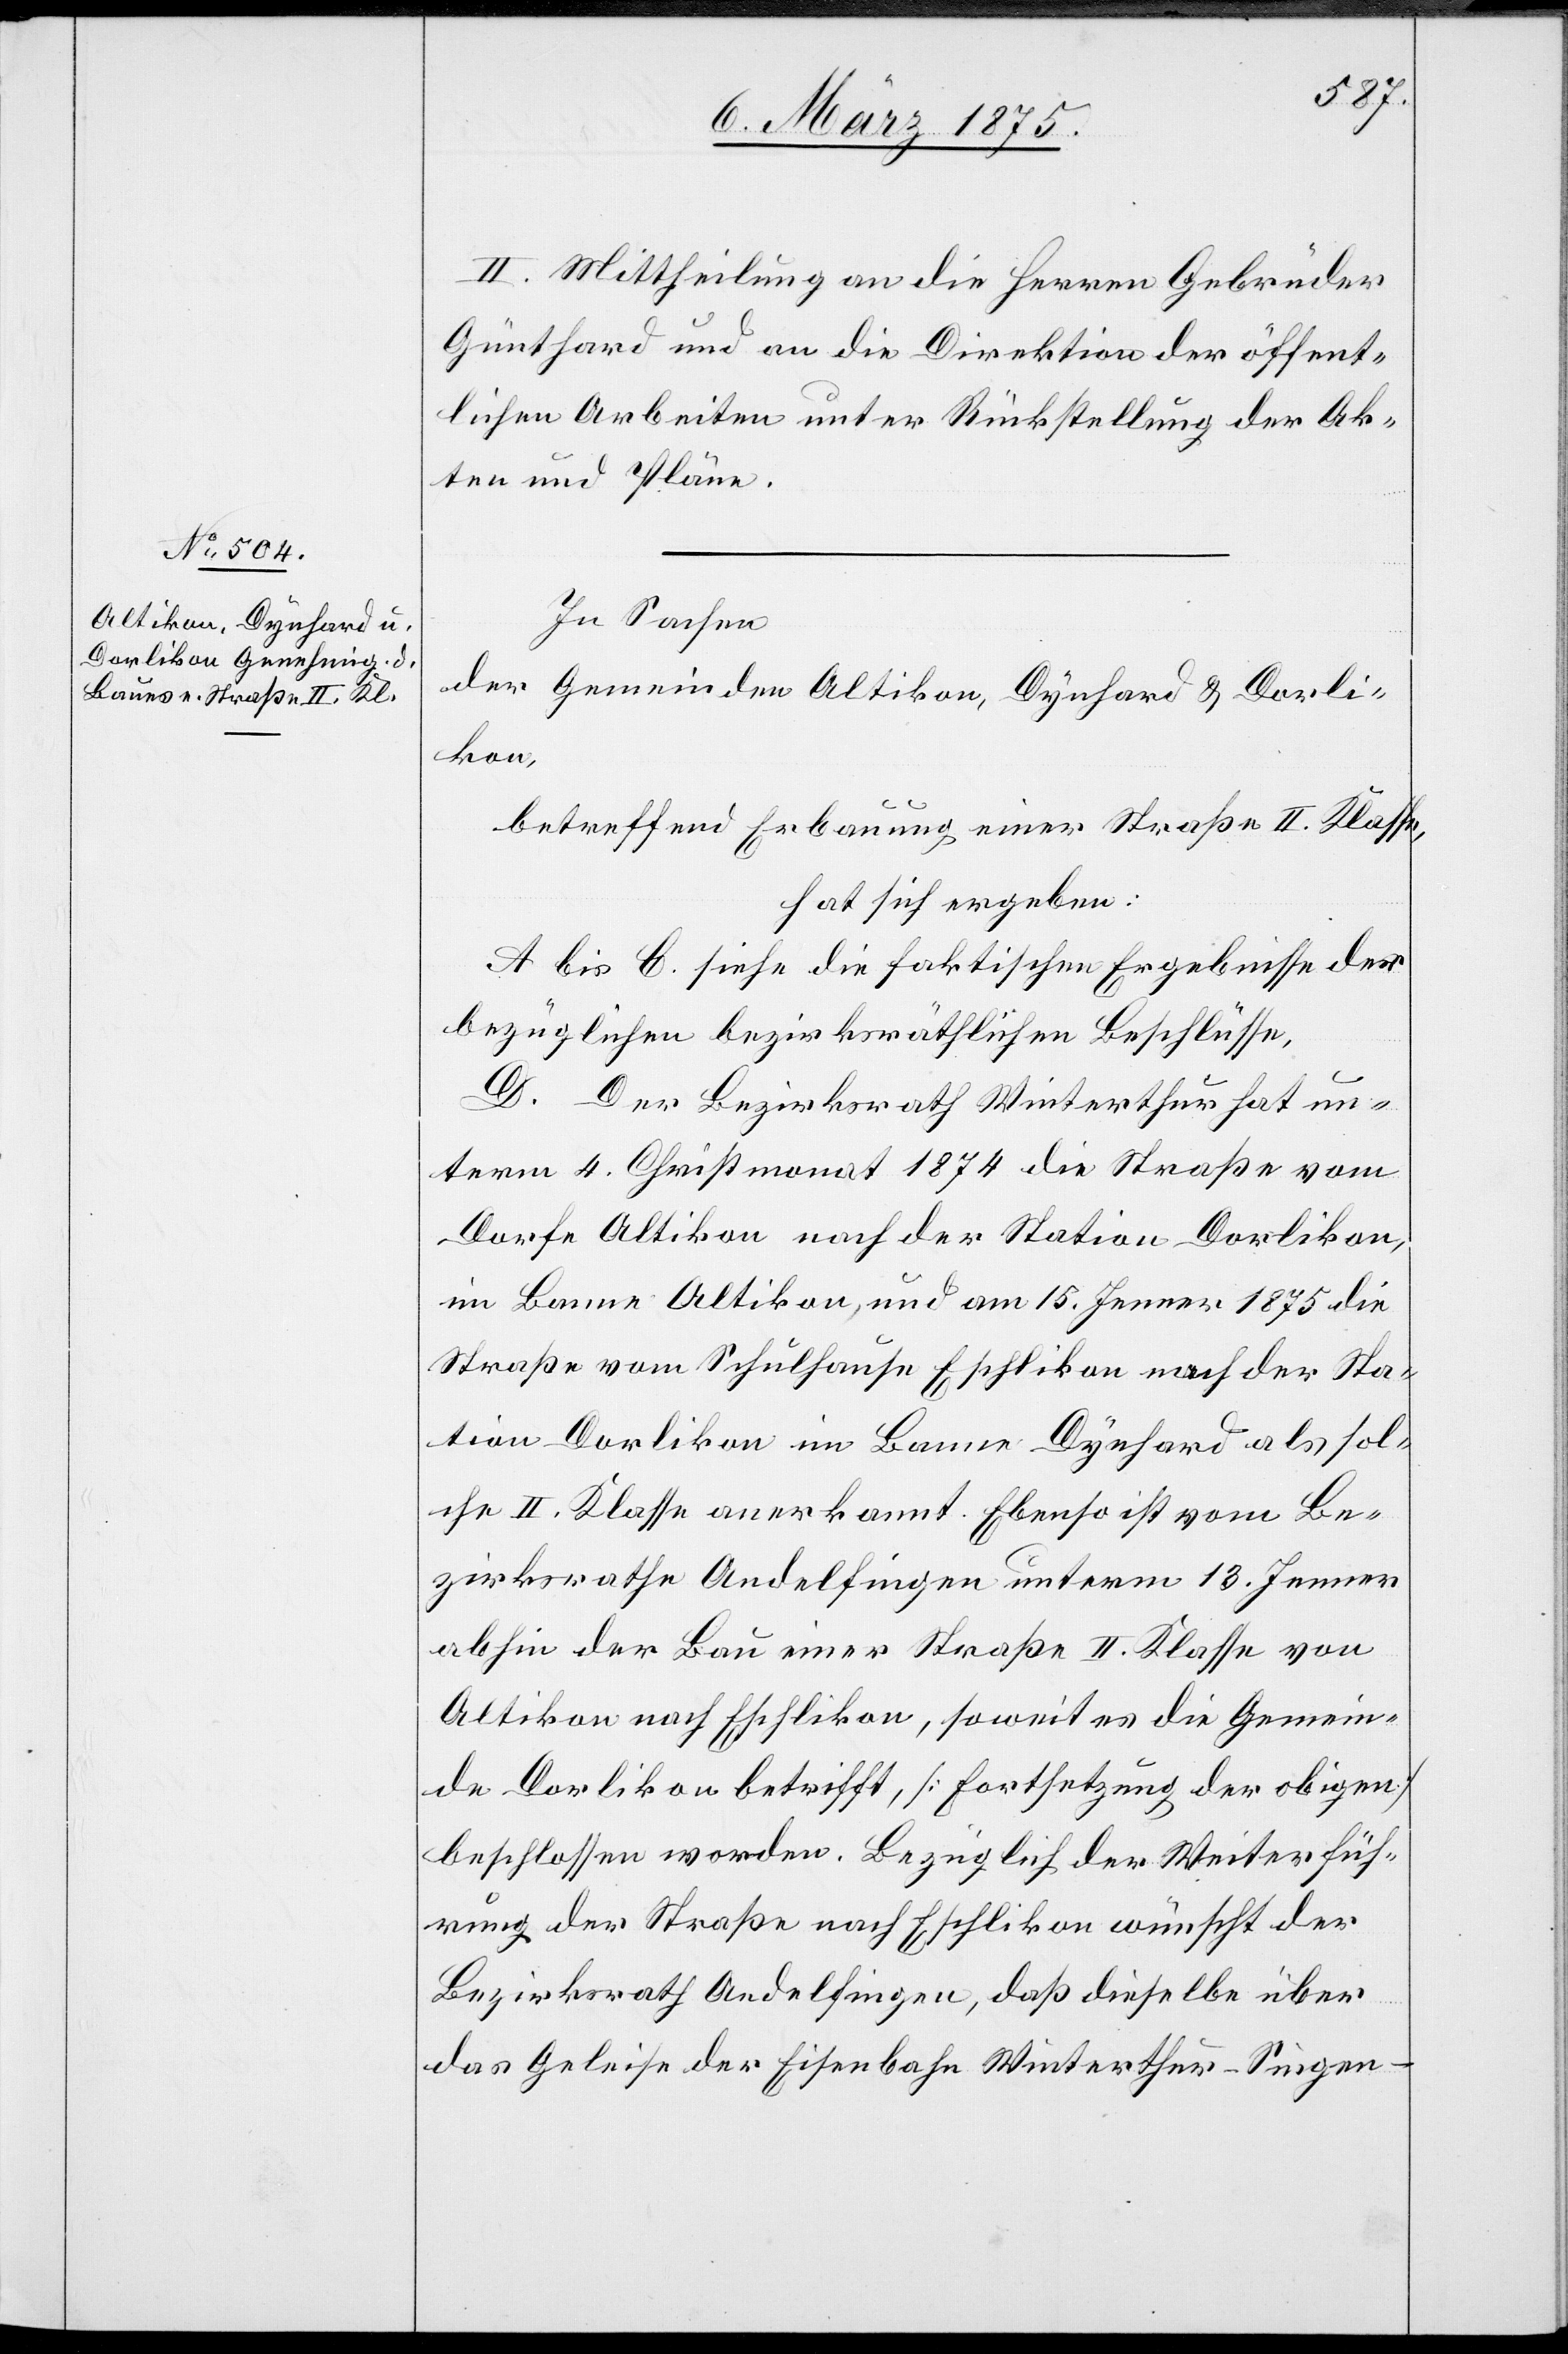
II. Mittheilung an die Herren Gebrüder
Günthard und an die Direktion der öffent¬
lichen Arbeiten unter Rückstellung der Ak¬
ten und Pläne.
In Sachen
der Gemeinden Altikon, Dynhard & Dorli¬
kon,
betreffend Erbauung einer Straße II. Klasse,
hat sich ergeben:
A bis C. siehe die faktischen Ergebnisse der
bezüglichen bezirksräthlichen Beschlüsse,
D. Der Bezirksrath Winterthur hat un¬
term 4. Christmonat 1874 die Straße vom
Dorfe Altikon nach der Station Dorlikon,
im Banne Altikon, und am 15. Jenner 1875 die
Straße vom Schulhause Eschlikon nach der Sta¬
tion Dorlikon im Banne Dynhard als sol¬
che II. Klasse anerkannt. Ebenso ist vom Be¬
zirksrathe Andelfingen unterm 13. Jenner
abhin der Bau einer Straße II. Klasse von
Altikon nach Eschlikon, soweit es die Gemein¬
de Dorlikon betrifft, [Fortsetzung der obigen]
beschlossen worden. Bezüglich der Weiterfüh¬
rung der Straße nach Eschlikon wünscht der
Bezirksrath Andelfingen, daß dieselbe über
das Geleise der Eisenbahn Winterthur–Singen–